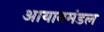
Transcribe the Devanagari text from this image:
आयानमंडल